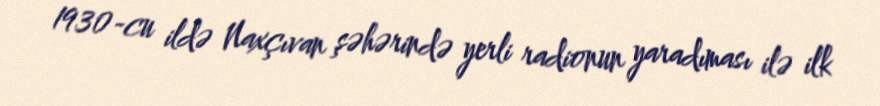
1930-cu ildə Naxçıvan şəhərində yerli radionun yaradıması ilə ilk